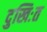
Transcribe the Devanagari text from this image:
दुखिःत